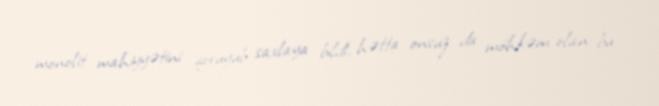
monolit mahiyyətini qoruyub saxlaya bildi, hətta onsuz da möhkəm olan bu